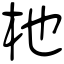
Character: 杝